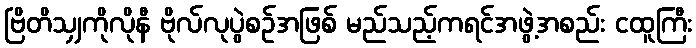
ဗြိတိသျှကိုလိုနီ ဗိုလ်လုပွဲစဉ်အဖြစ် မည်သည့်ကရင်အဖွဲ့အစည်း ငထူကြီး